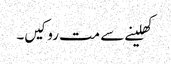
کھلینے سے مت روکیں۔